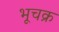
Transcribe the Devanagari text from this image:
भूचक्र